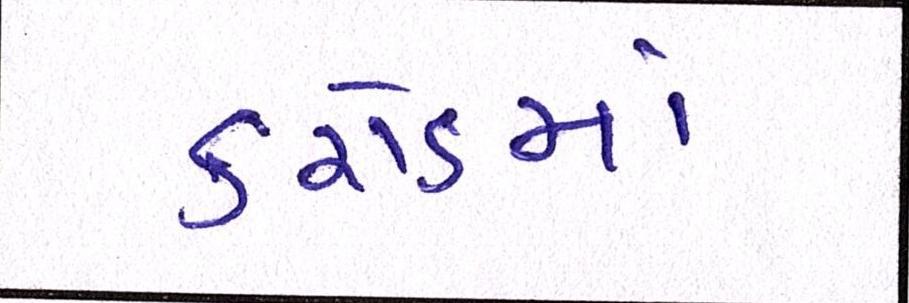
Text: કરોડમાં